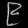
Digit: ၉